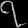
Digit: ၇